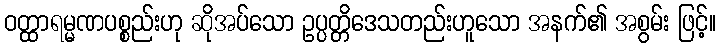
ဝတ္ထာရမ္မဏပစ္စည်းဟု ဆိုအပ်သော ဥပ္ပတ္တိဒေသတည်းဟူသော အနက်၏ အစွမ်း ဖြင့်။